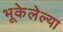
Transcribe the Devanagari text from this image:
भूकेलेल्या